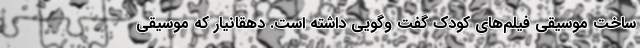
ساخت موسیقی فیلم‌های کودک گفت وگویی داشته است. دهقانیار که موسیقی